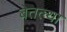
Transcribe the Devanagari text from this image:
बेतल्या